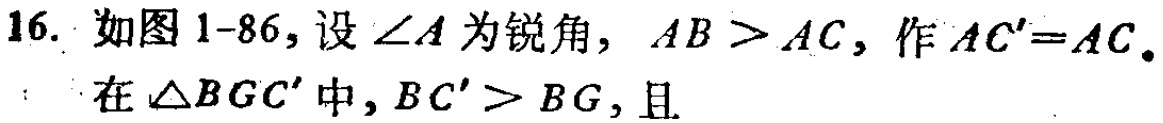
16. 如图1-86，设\(\angle A\)为锐角，\(AB > AC\)，作\(AC' = AC\)。在\(\triangle BGC'\)中，\(BC' > BG\)，且